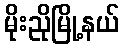
မိုးညိုမြို့နယ်